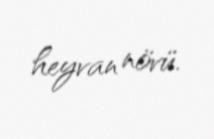
heyvan növü.